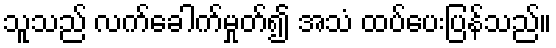
သူသည် လက်ခေါက်မှုတ်၍ အသံ ထပ်ပေးပြန်သည်။